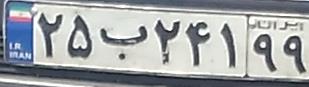
۲۵ب۲۴۱۹۹